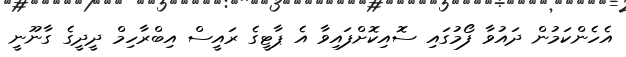
އެހެންކަމުން ދައުވާ ފޯމުގައި ސޮއިކޮށްފައިވާ އެ ޕާޓީގެ ރައީސް އިބްރާހިމް ދީދީގެ ގާނޫނީ